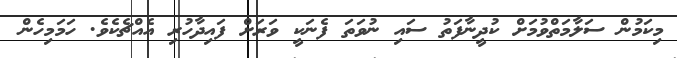
މިކަމުން ސަލާމަތްވުމަށް ކުދީނާފަތު ސައި ނުވަތަ ފެނަކީ ވަރަށް ފައިދާހުރި އެއްޗެކެވެ. ހަމަމިހެން